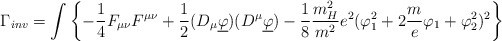
\begin{align*}\Gamma_{inv} = \int \left\{ -\frac{1}{4} F_{\mu \nu} F^{\mu \nu} + \frac{1}{2} (D_{\mu} \underline \varphi ) (D^{\mu} \underline \varphi) - \frac{1}{8} \frac{m_H^2}{m^2} e^2 (\varphi_1^2 + 2\frac me \varphi_1 +\varphi _2^2 )^2 \right\}\end{align*}